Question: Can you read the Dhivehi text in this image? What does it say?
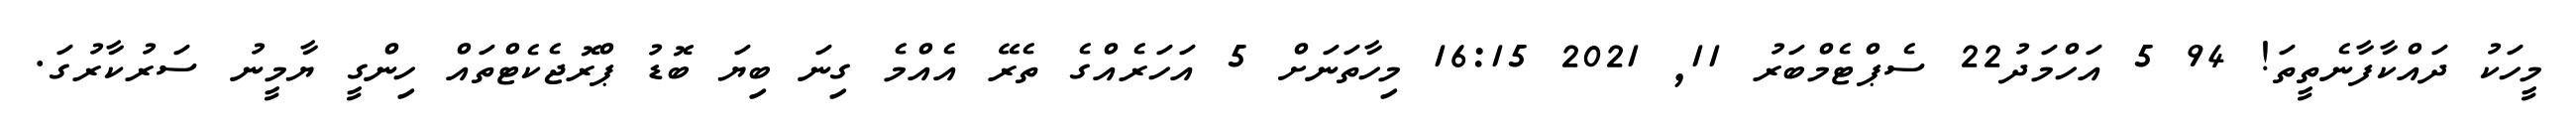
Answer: މީހަކު ދައްކާފާނެތީތަ! 94 5 އަހްމަދު22 ސެޕްޓެމްބަރު 11, 2021 16:15 މިހާތަނަށް 5 އަހަރެއްގެ ތެރޭ އެއްމެ ގިނަ ބިޔަ ބޮޑު ޕްރޮޖެކެޓްތައް ހިންގީ ޔާމީނު ސަރުކާރުގަ.